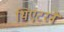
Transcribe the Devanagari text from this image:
थिएटरने